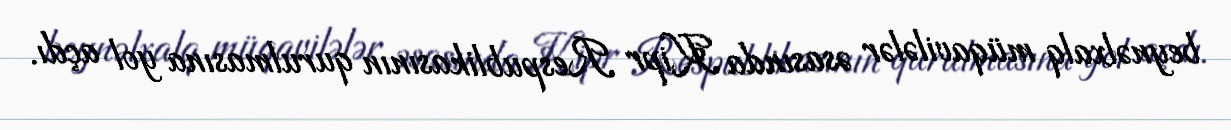
beynəlxalq müqavilələr əsasında Kipr Respublikasının qurulmasına yol açdı.